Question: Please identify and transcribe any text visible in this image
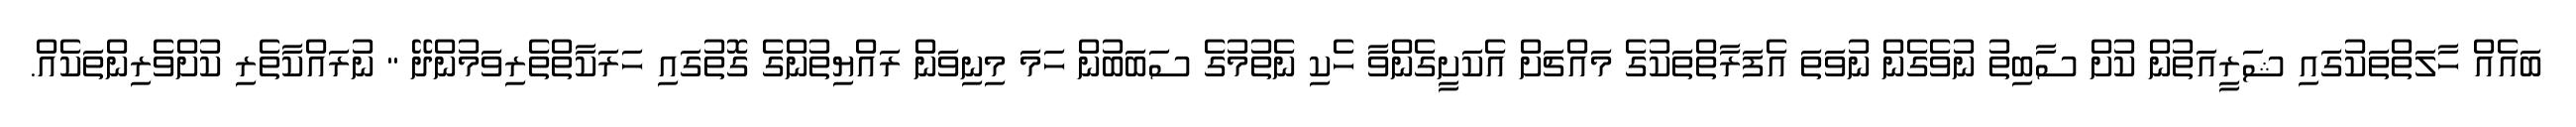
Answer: ބައެއް ހާލަތްތަކުގައި ޝަރީއަތުން ކުށް ސާބިތު ނުވެގެން ނުވަތަ އެފަރާތްތަކުގެ މައްޗަށް އެކަށީގެންވާ ހެކި ނެތުމުގެ ސަބަބުން ހަމަ މިނިވަން ރައްޔިތުންގެ ގޮތުގައި ހަރަކާތްތެރިވަމުންދޭ " ނުރައްކާތެރި ކުށްވެރިންތަކެއް.